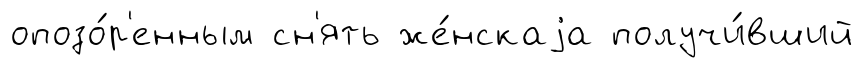
опозо́р'енным сн'ять же́нскаjа получи́вший